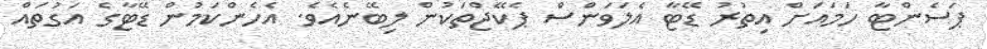
ޕަސެންޓާ ހަމައަށް އިތުރު ޑޭޓާ އެލަވަންސް ޕެކޭޖްތަކުން ލިބޭނެއެވެ. އެހެންކަމުން ޑޭޓާގެ އަގުތައް